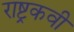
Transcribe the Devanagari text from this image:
राष्ट्रकवी